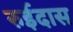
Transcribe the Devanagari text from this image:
रुईदास